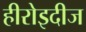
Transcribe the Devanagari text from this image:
हीरोइदीज